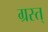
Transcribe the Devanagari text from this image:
ग्रस्त्